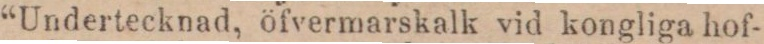
“Undertecknad, öfvermarskalk vid kongliga hof-